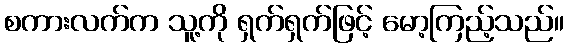
စကားလက်က သူ့ကို ရှက်ရှက်ဖြင့် မော့ကြည့်သည်။